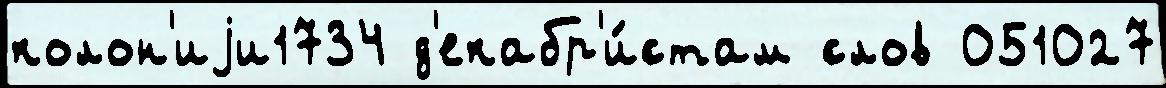
колон'иjи1734 д'екабр'и́стам слов 051027